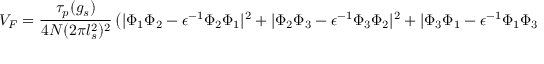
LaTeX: V _ { F } = \frac { \tau _ { p } ( g _ { s } ) } { 4 N ( 2 \pi l _ { s } ^ { 2 } ) ^ { 2 } } \left( | \Phi _ { 1 } \Phi _ { 2 } - \epsilon ^ { - 1 } \Phi _ { 2 } \Phi _ { 1 } | ^ { 2 } + | \Phi _ { 2 } \Phi _ { 3 } - \epsilon ^ { - 1 } \Phi _ { 3 } \Phi _ { 2 } | ^ { 2 } + | \Phi _ { 3 } \Phi _ { 1 } - \epsilon ^ { - 1 } \Phi _ { 1 } \Phi _ { 3 } | ^ { 2 } \right) ,